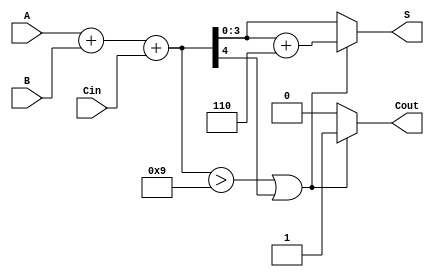
module BCD_Asynchronous_Adder (
    input [3:0] A,      // 4-bit BCD input A
    input [3:0] B,      // 4-bit BCD input B
    input Cin,          // Carry-in input
    output reg [3:0] S, // 4-bit BCD output
    output reg Cout     // Carry-out output
);

    wire [4:0] sum;     // 5-bit sum of A, B, and Cin
    wire correction;     // Signal to indicate if correction is needed

    // Perform binary addition
    assign sum = A + B + Cin;

    // Determine if correction is needed
    assign correction = (sum > 9) || (sum[4] == 1);

    // Compute the BCD output
    always @(*) begin
        if (correction) begin
            S = sum + 6;  // Apply BCD correction
            Cout = 1;     // Set carry-out
        end else begin
            S = sum[3:0]; // No correction needed
            Cout = 0;     // No carry-out
        end
    end

endmodule